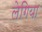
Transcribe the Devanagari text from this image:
लेगिया